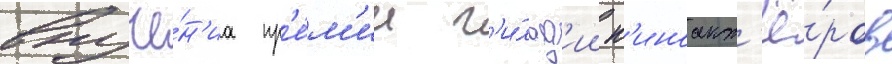
вруче́н'иа пр'е́м'ии г'и́льд'ии к'иноакт'ё́ров